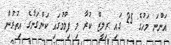
އަންނަ މަހުގެ 25 ގައި ރިލީޒް ކުރާ މި ފިލްމުގައި ކަންގަނާގެ އިތުރުން